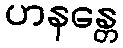
ဟနန္တေ